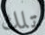
تلك